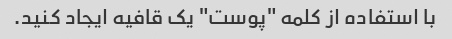
با استفاده از کلمه "پوست" یک قافیه ایجاد کنید.